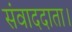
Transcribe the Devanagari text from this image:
संवाददाता।